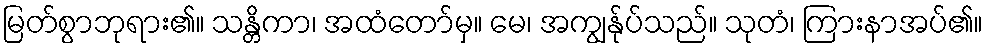
မြတ်စွာဘုရား၏။ သန္တိကာ၊ အထံတော်မှ။ မေ၊ အကျွန်ုပ်သည်။ သုတံ၊ ကြားနာအပ်၏။